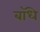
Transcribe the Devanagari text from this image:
बॉधे